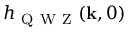
h _ { \mathrm { ~ Q ~ W ~ Z ~ } } ( \mathbf { k } , 0 )